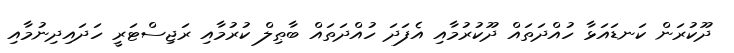
ދޫކުރަން ކަނޑައަޅާ ހުއްދަތައް ދޫކުރުމާއި އެފަދަ ހުއްދަތައް ބާޠިލް ކުރުމާއި ރަޖިސްޓަރީ ހަދައިދިނުމާއި